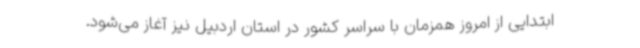
ابتدایی از امروز همزمان با سراسر کشور در استان اردبیل نیز آغاز می‌شود.